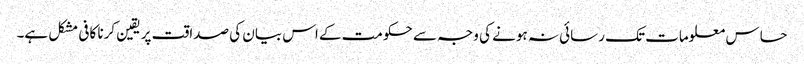
حساس معلومات تک رسائی نہ ہونے کی وجہ سے حکومت کے اس بیان کی صداقت پر یقین کرنا کافی مشکل ہے۔